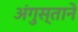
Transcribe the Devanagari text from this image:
अंगुस्ताने